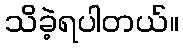
သိခဲ့ရပါတယ်။